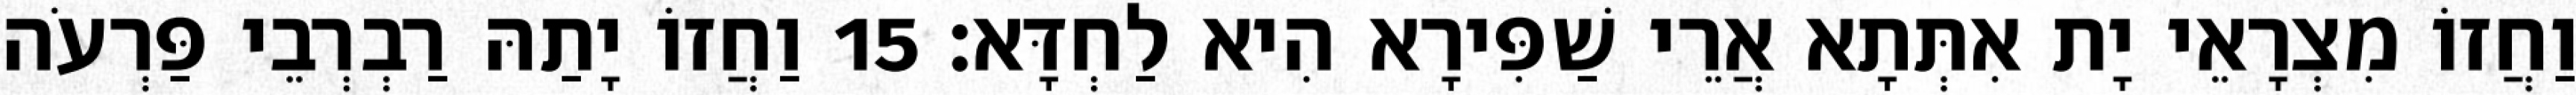
וַחֲזוֹ מִצְרָאֵי יָת אִתְּתָא אֲרֵי שַׁפִּירָא הִיא לַחְדָּא׃ 15 וַחֲזוֹ יָתַהּ רַבְרְבֵי פַּרְעֹה